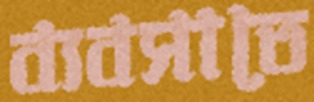
ব্যবসাতে